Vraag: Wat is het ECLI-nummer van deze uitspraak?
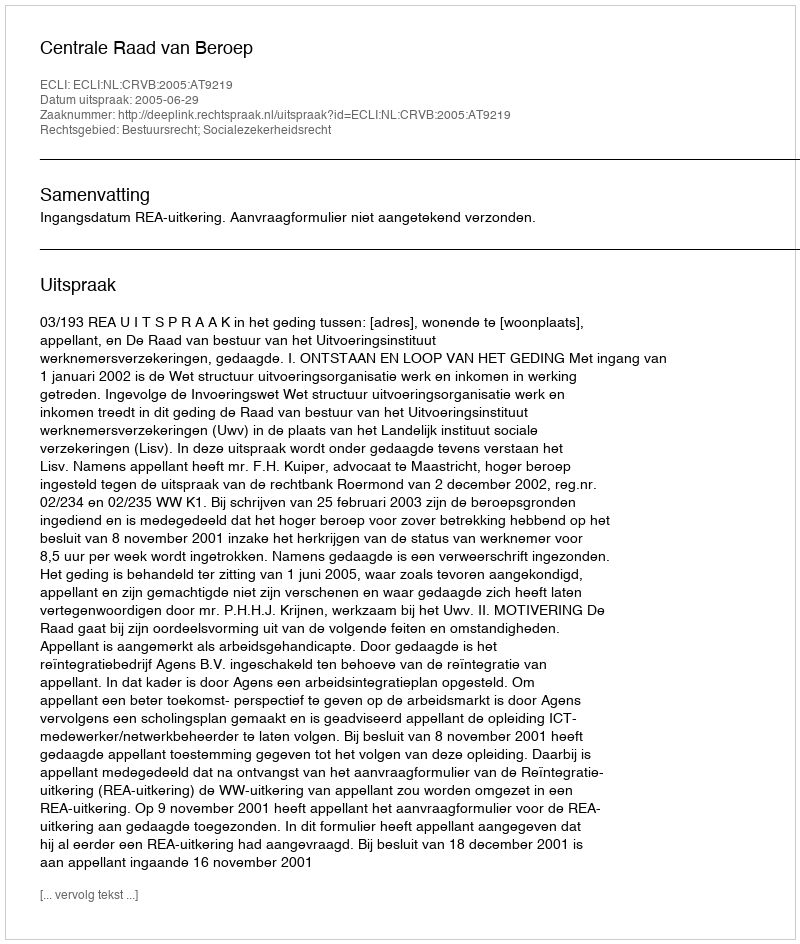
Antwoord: ECLI:NL:CRVB:2005:AT9219